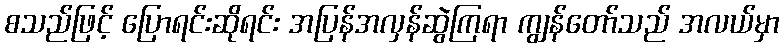
စသည်ဖြင့် ပြောရင်းဆိုရင်း အပြန်အလှန်ဆွဲကြရာ ကျွန်တော်သည် အလယ်မှာ